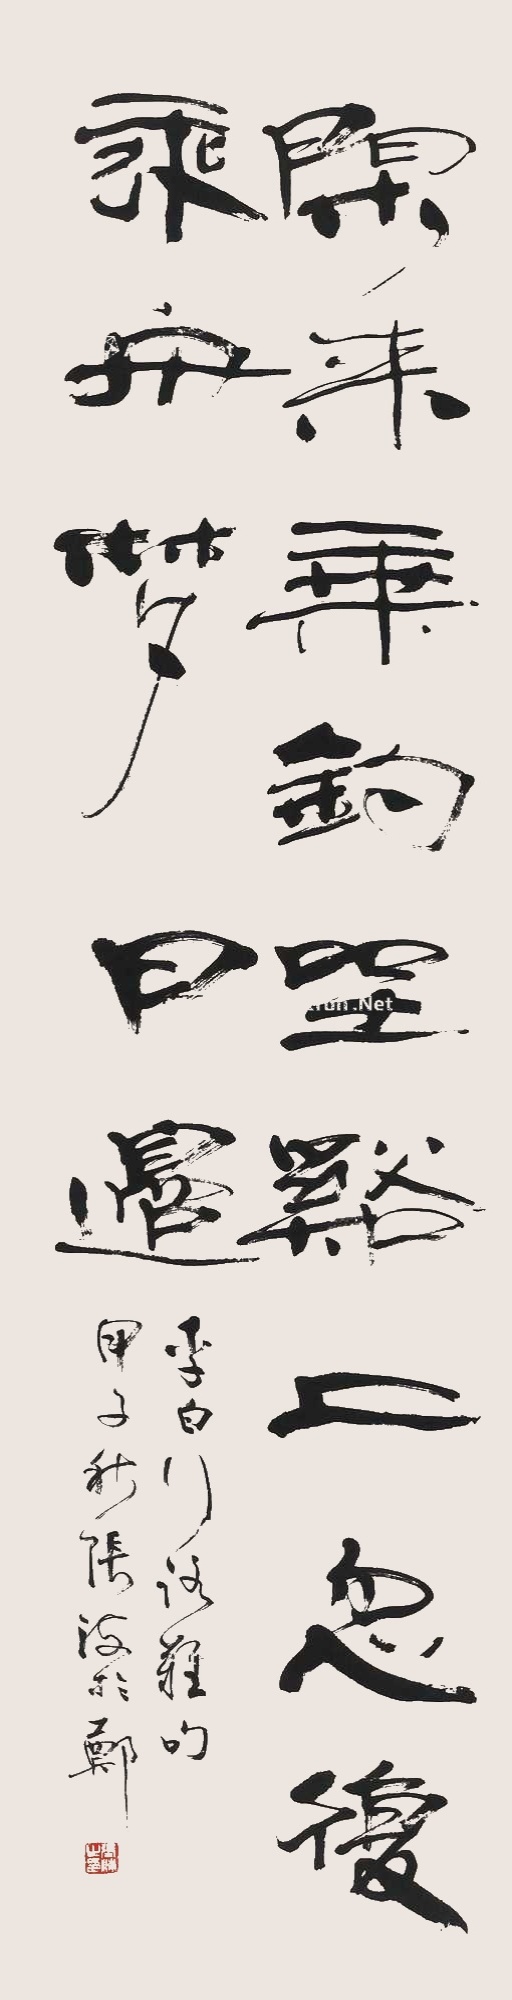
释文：闲来垂钓坐溪上，忽复乘舟梦日边。李白《行路难》句，甲子秋，张海于郑。